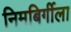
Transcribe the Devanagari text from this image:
निमबिर्गीला